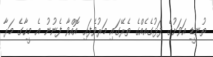
ތުނޑީ އަވަށުގެ ފަޅުގެއެއްގެ ތެރޭގައި މަރުވެފައި އޮއްވާ ފެނުނު އެ މީހާގެ މަރާ